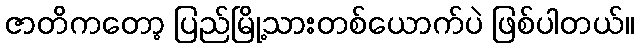
ဇာတိကတော့ ပြည်မြို့သားတစ်ယောက်ပဲ ဖြစ်ပါတယ်။